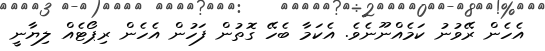
އެހެން ރޭވުނު ކަމެއްނޫނެވެ. އެކަމާ ބެހޭ ގޮތުން ފަހުން އެހެން ރިޕޯޓެއް ލިޔާނީ